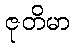
ဇုတိမာ